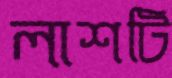
লাশটি